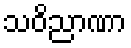
သဝိညာဏာ